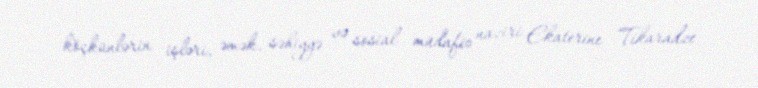
köçkünlərin işləri, əmək, səhiyyə və sosial müdafiə naziri Ekaterine Tikaradze